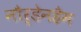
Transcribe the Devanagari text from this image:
नौर्डेनहैम